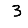
Digit: 3